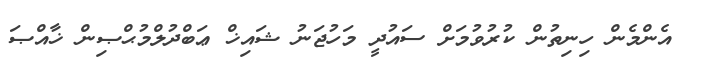
އެންމެން ހިނިތުން ކުރުވުމަށް ސައުދީ މަހުޖަނު ޝައިޚް ޢަބްދުލްމުޙްޞިން ޚާއްޞަ